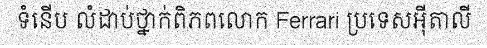
ទំនើប លំដាប់ថ្នាក់ពិភពលោក Ferrari ប្រទេសអ៊ីតាលី